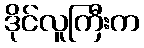
ဒိုင်လူကြီးက